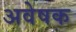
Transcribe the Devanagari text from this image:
अवेषक